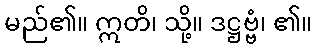
မည်၏။ ဣတိ၊ သို့။ ဒဋ္ဌဗ္ဗံ၊ ၏။